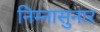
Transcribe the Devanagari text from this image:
निम्नासुनार